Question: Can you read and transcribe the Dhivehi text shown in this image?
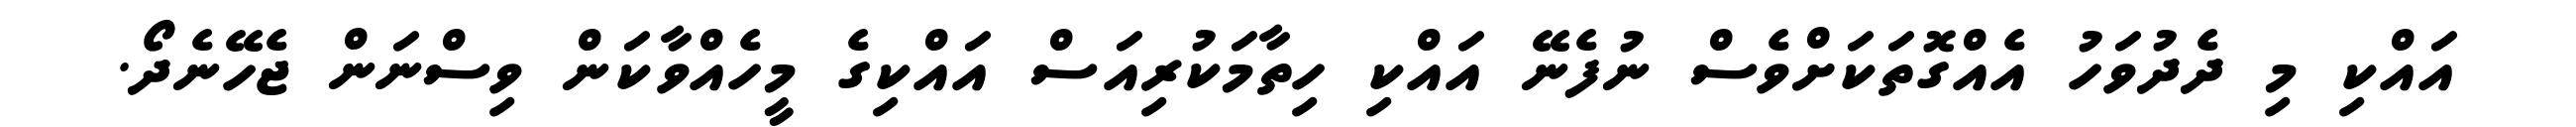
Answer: އައްކި މި ދެދުވަހު އެއްގޮތަކަށްވެސް ނުފެނޭ އައްކި ހިތާމަކުރިއަސް އައްކިގެ މީހެއްވާކަން ވިސްނަން ޖެހޭނެދޯ.